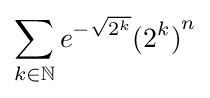
\sum _{k\in \mathbb {N} }e^{-{\sqrt {2^{k}}}}{(2^{k})}^{n}